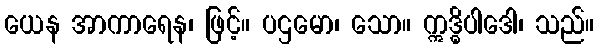
ယေန အာကာရေန၊ ဖြင့်။ ပဌမော၊ သော။ ဣဒ္ဓိပါဒေါ၊ သည်။